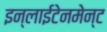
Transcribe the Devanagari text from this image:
इन्लाईटेनमेन्ट